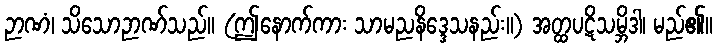
ဉာဏံ၊ သိသောဉာဏ်သည်။ (ဤနောက်ကား သာမညနိဒ္ဒေသနည်း။) အတ္ထပဋိသမ္ဘိဒါ၊ မည်၏။